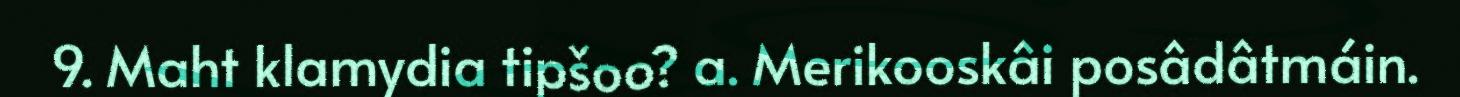
9. Maht klamydia tipšoo? a. Merikooskâi posâdâtmáin.